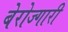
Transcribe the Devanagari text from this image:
बेरोज्गारी